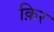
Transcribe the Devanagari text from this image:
क़िर